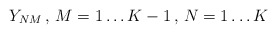
\begin{align*}Y_{NM} \, ,\, M=1\ldots K-1\, ,\, N=1\ldots K\end{align*}